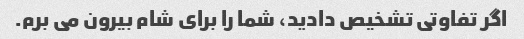
اگر تفاوتی تشخیص دادید، شما را برای شام بیرون می برم.